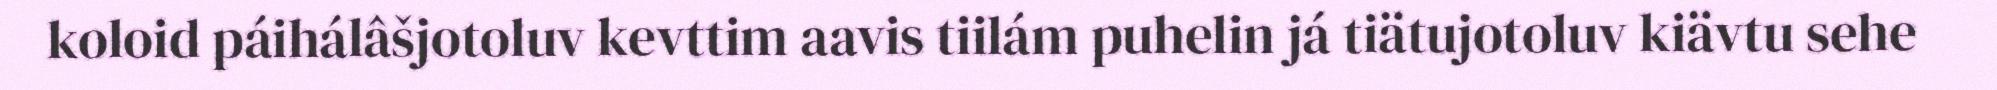
koloid páihálâšjotoluv kevttim aavis tiilám puhelin já tiätujotoluv kiävtu sehe